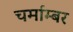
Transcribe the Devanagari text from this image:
चर्माम्बर